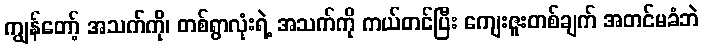
ကျွန်တော့် အသက်ကို၊ တစ်ရွာလုံးရဲ့ အသက်ကို ကယ်တင်ပြီး ကျေးဇူးတစ်ချက် အတင်မခံဘဲ